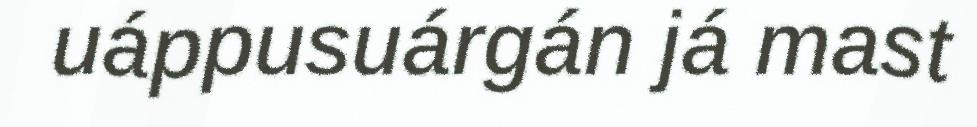
uáppusuárgán já mast